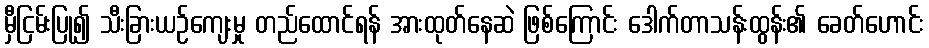
မှီငြမ်းပြု၍ သီးခြားယဉ်ကျေးမှု တည်ထောင်ရန် အားထုတ်နေဆဲ ဖြစ်ကြောင်း ဒေါက်တာသန်းထွန်း၏ ခေတ်ဟောင်း